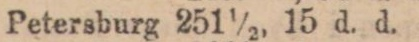
Petersburg 251½, 15 d. d.